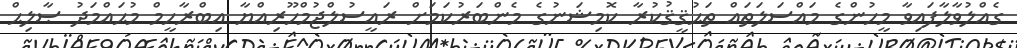
ގެއްލުވާލާފައިވާ މީހުންގެ މައްސަލަތައް ތަޙުޤީޤުކުރާ ކޮމިޝަނުގެ މެންބަރުކަމަށް ރައީސުލްޖުމްހޫރިއްޔާ އިބްރާހީމް މުޙައްމަދު ޞާލިޙް